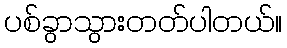
ပစ်ခွာသွားတတ်ပါတယ်။